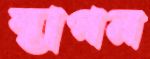
স্থাপন